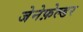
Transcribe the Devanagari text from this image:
जेनेफ़ेल्डर